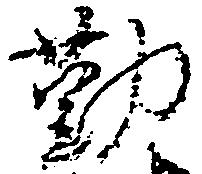
勤